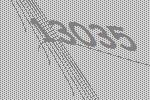
13035